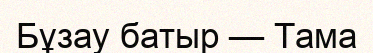
Бұзау батыр — Тама